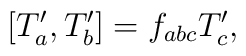
\lbrack T_{a}^{\prime },T_{b}^{\prime }]=f_{abc}T_{c}^{\prime },